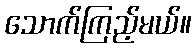
သောက်ကြည့်မယ်။